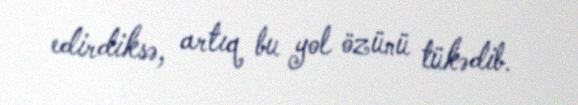
edirdiksə, artıq bu yol özünü tükədib.